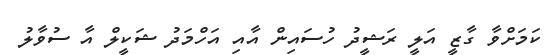
ކަމަށްވާ ގާޒީ އަލީ ރަޝީދު ހުސައިން އާއި އަހްމަދު ޝަކީލް އާ ސުވާލު